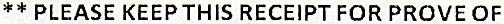
** PLEASE KEEP THIS RECEIPT FOR PROVE OF